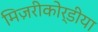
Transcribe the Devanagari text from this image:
मिज़रीकोर्डीया